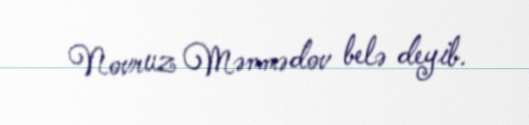
Novruz Məmmədov belə deyib.